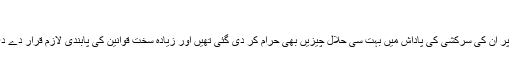
۷؂
بنی اسرائیل پر ان کی سرکشی کی پاداش میں بہت سی حلال چیزیں بھی حرام کر دی گئی تھیں اور زیادہ سخت قوانین کی پابندی لازم قرار دے دی گئی تھی۔